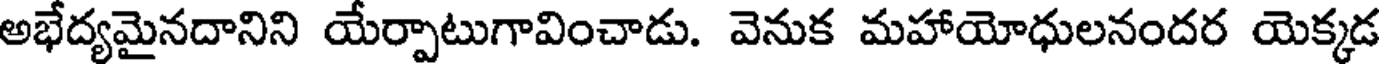
అభేద్యమైనదానిని యేర్పాటుగావించాడు. వెనుక మహాయోధులనందర యెక్కడ